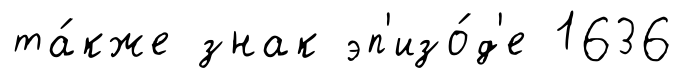
та́кже знак эп'изо́д'е 1636